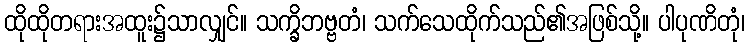
ထိုထိုတရားအထူး၌သာလျှင်။ သက္ခိဘဗ္ဗတံ၊ သက်သေထိုက်သည်၏အဖြစ်သို့။ ပါပုဏိတုံ၊